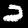
Label: 2